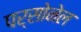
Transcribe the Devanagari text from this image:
पर्सोनेल